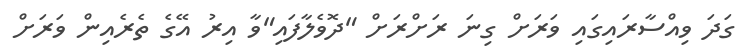
ގަދަ ވިއްސާރައިގައި ވަރަށް ގިނަ ރަށްރަށް "ދޮވެލާފައި"ވާ އިރު އޭގެ ތެރެއިން ވަރަށް